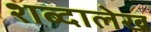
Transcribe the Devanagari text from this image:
शब्दालेख